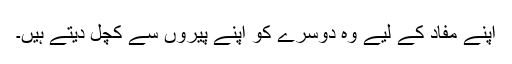
اپنے مفاد کے لیے وہ دوسرے کو اپنے پیروں سے کچل دیتے ہیں۔